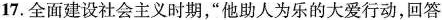
17.全面建设社会主义时期“他助人为乐的大爱行动，回答